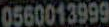
0560013999